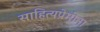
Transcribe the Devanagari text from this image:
साहित्यप्रेमींना